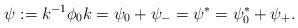
LaTeX: \begin{gather*}\psi:=k^{-1}\phi_0k=\psi_0+\psi_-=\psi^*=\psi_0^*+\psi_+.\end{gather*}